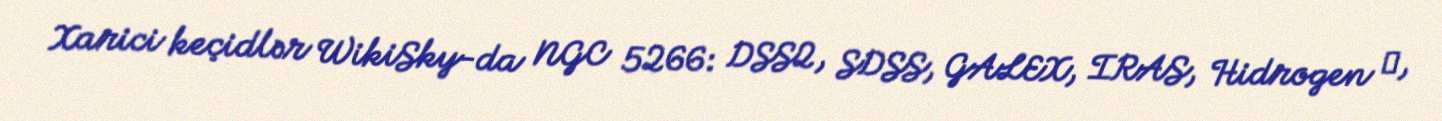
Xarici keçidlər WikiSky-da NGC 5266: DSS2, SDSS, GALEX, IRAS, Hidrogen α,